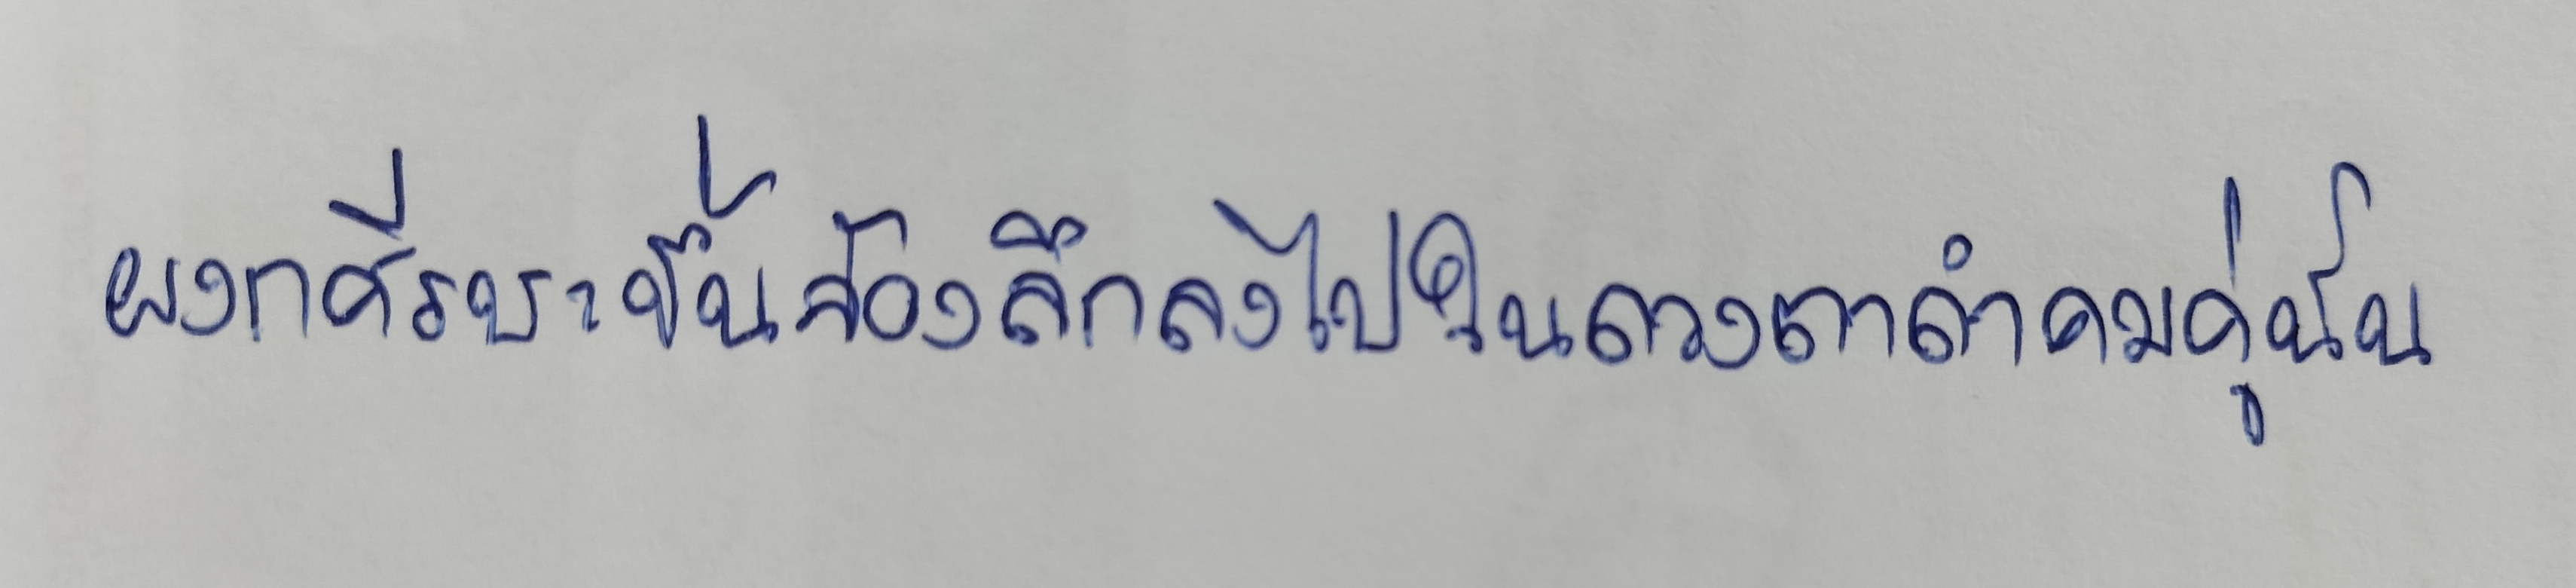
ผงกศีรษะขึ้นจ้องลึกลงไปในดวงตาดำคมคู่นั้น